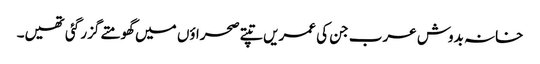
خانہ بدوش عرب جن کی عمریں تپتے صحراؤں میں گھومتے گزر گئی تھیں۔